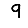
Digit: 9